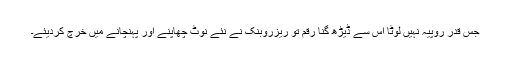
جس قدر روپیہ نہیں لوٹا اس سے ڈیڑھ گنا رقم تو ریزروبنک نے نئے نوٹ چھاپنے اور پہنچانے میں خرچ کردیئے۔